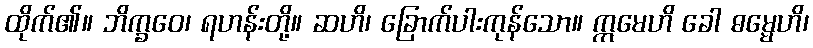
ထိုက်၏။ ဘိက္ခဝေ၊ ရဟန်းတို့။ ဆဟိ၊ ခြောက်ပါးကုန်သော။ ဣမေဟိ ခေါ ဓမ္မေဟိ၊